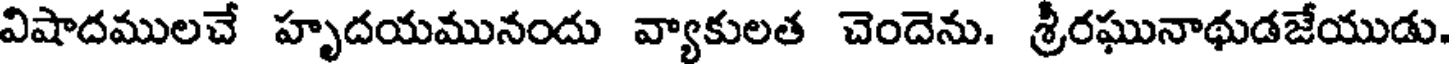
విషాదములచే హృదయమునందు వ్యాకులత చెందెను. శ్రీరఘునాథుడజేయుడు.